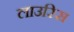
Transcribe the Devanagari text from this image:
लाउरिस